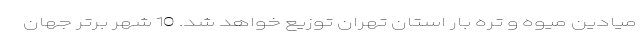
میادین میوه و تره بار استان تهران توزیع خواهد شد. 10 شهر برتر جهان